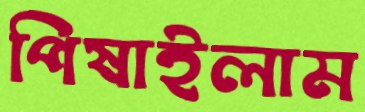
পিষাইলাম